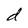
Character: d